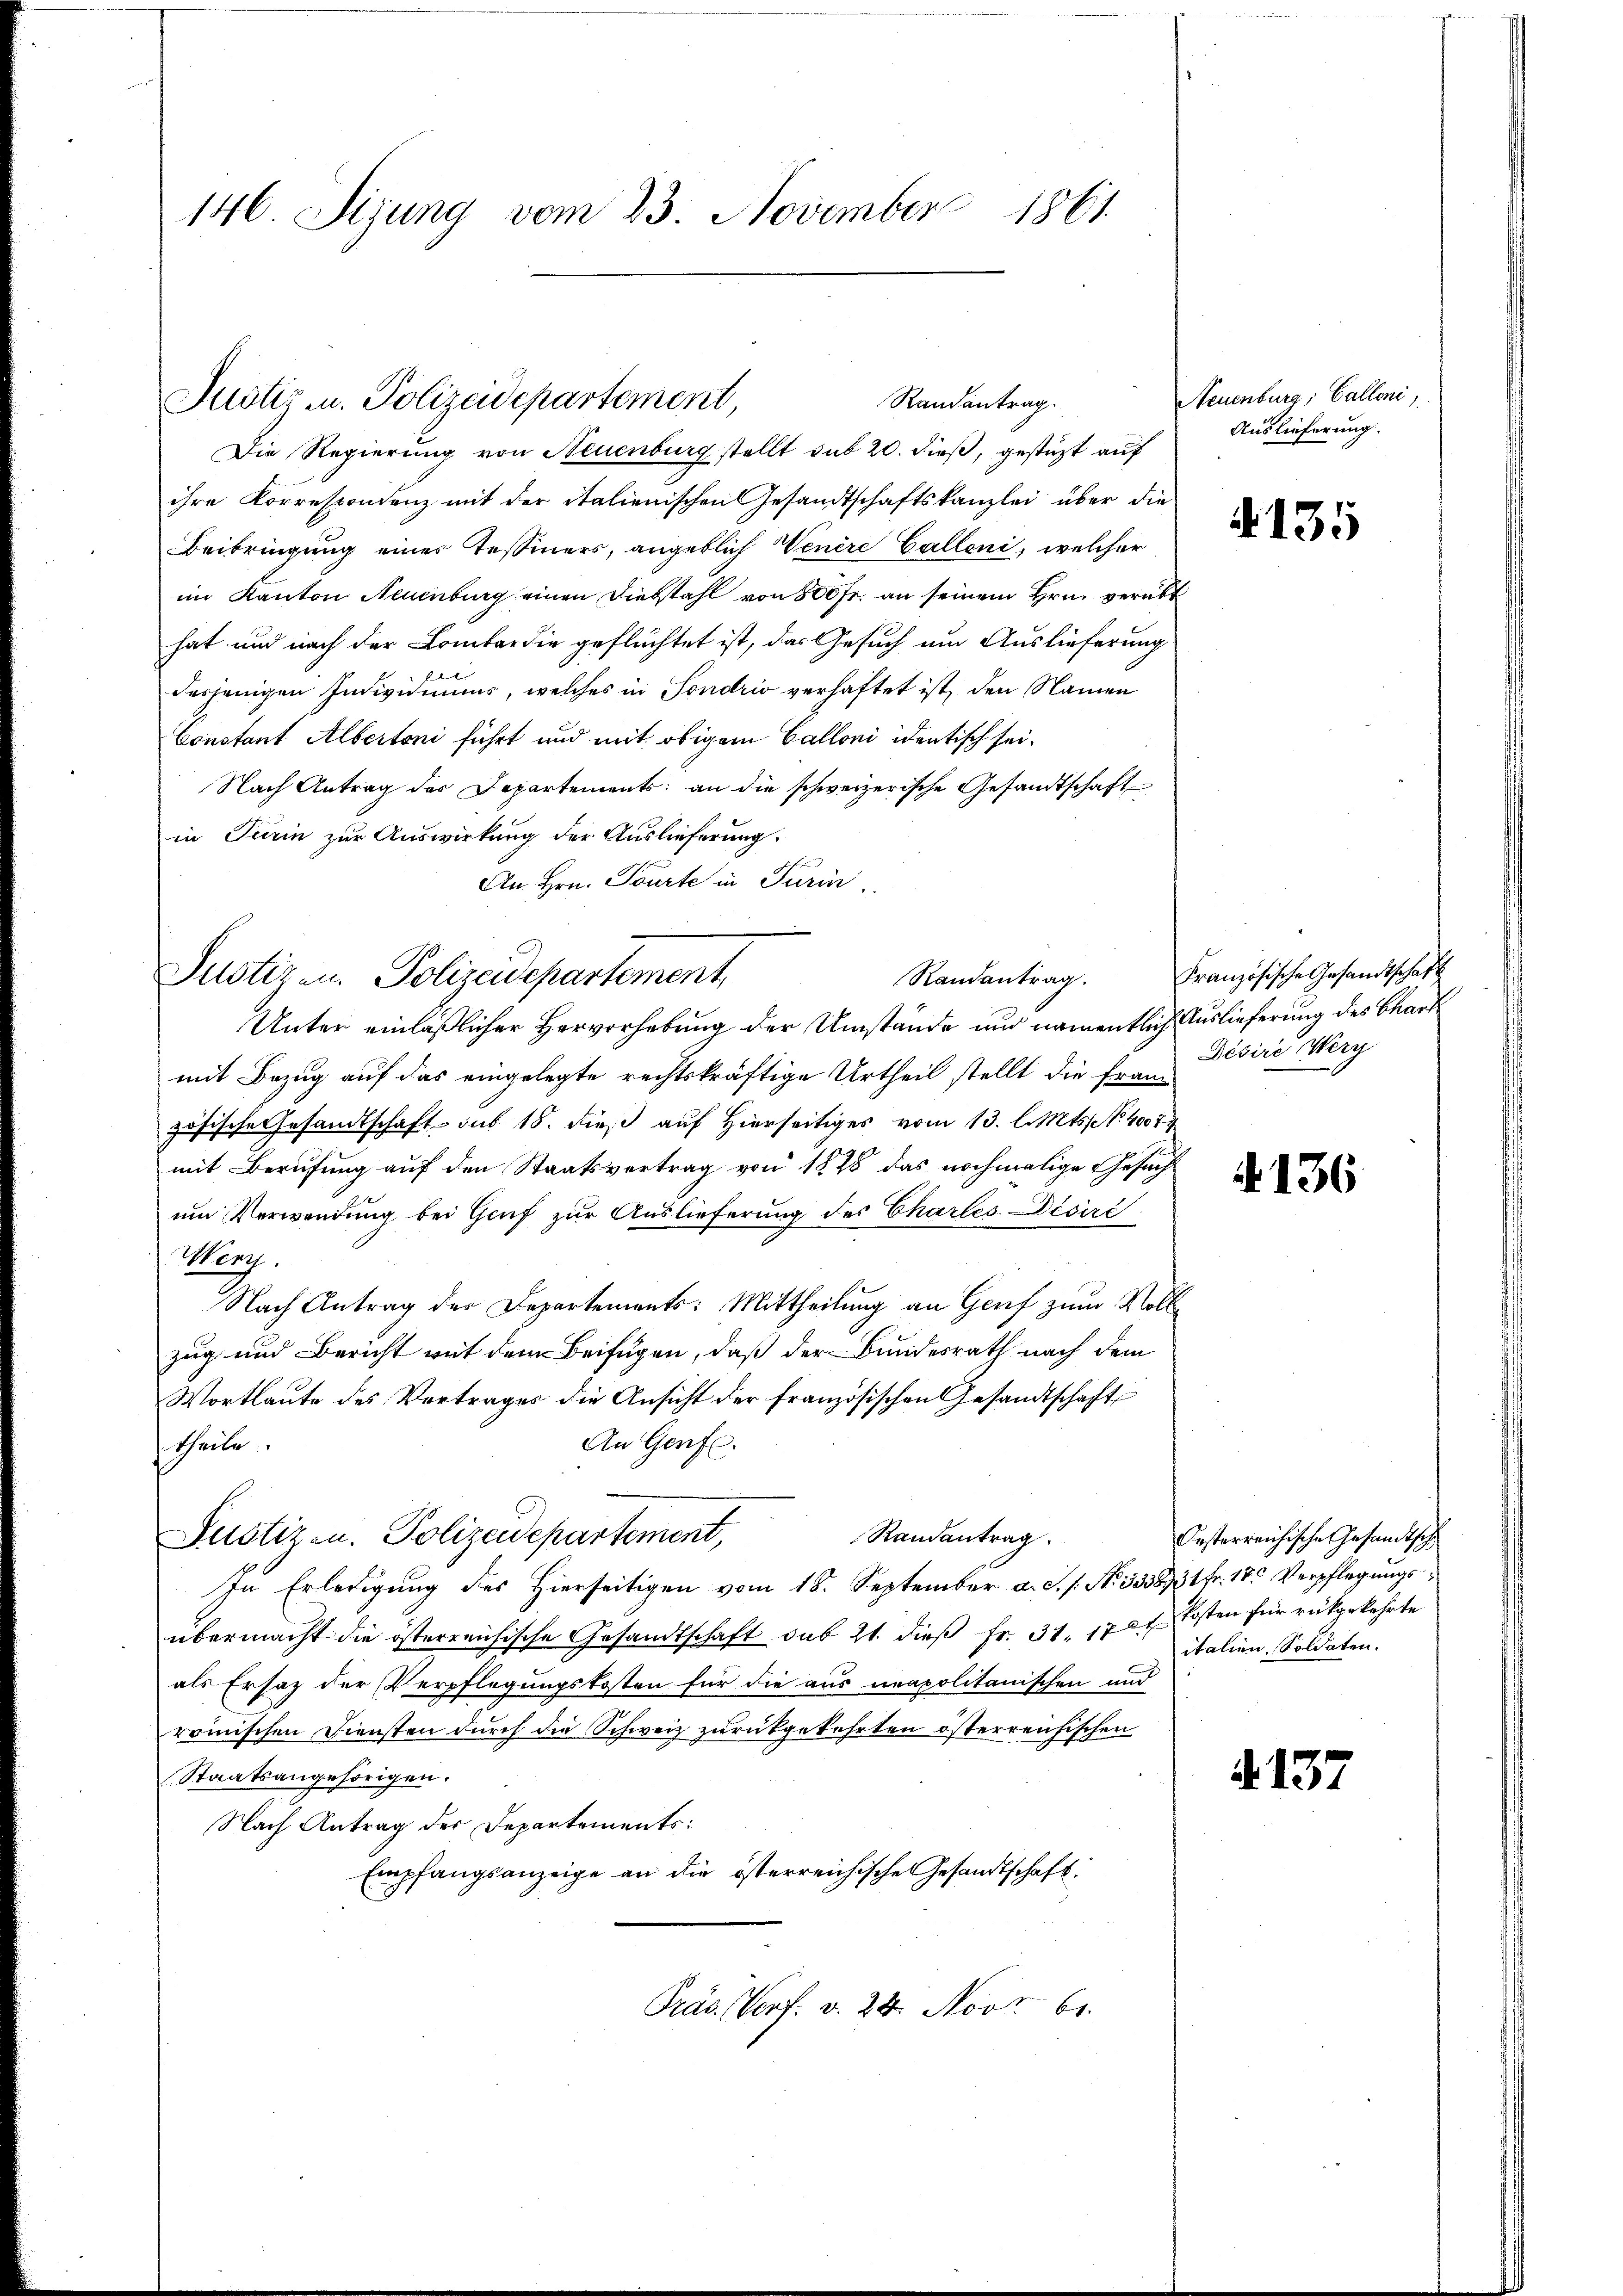
146. Sizung vom 23. November 1861.

Justiz u. Polizeidepartement,
Randantrag.

Die Regierung von Neuenburg stellt sub 20. dieß, gestüzt auf
ihre Korrespondenz mit der italienischen Gesandtschaftskanzlei über die
Beibringung eines Tessiners, angeblich Venere Galleni, welcher
im Kanton Neuenburg einen Diebstahl von 800 Fr. an seinem Hrn. verübt
hat und nach der Comber die geflüchtet ist, das Gesuch um Auslieferung
desjenigen Individuums, welches in Sondrio verhaftet ist, den Namen
Constant Albertoni führt und mit obigem Calloni identisch sei¬
Nach Antrag der Departements an die schweizerische Gesandtschaft
in Turin zur Auswirkung der Auslieferung.
An Hrn. Tourte in Turin

Justizen Polizeidepartement,

Justiz- u. Polizeidepartement,

Unter einläßlicher Hervorhebung der Umstände und namentlich Auslieferung des Chart
mit Bezug auf das eingelegte rechtskräftige Urtheil stellt die franz
zösische Gesandtschaft sub 18. dieß auf Hierseitiges vom 13. l. Mts. No 400 f 4
mit Berufung auf den Staatsvertrag von 1878 das nochmalige Gesuch
um Verwendung bei Genf zur Auslieferung des Charles. Desiré
Hörg
Nach Antrag der Departements: Mittheilung an Genf zum Vollzug und Bericht mit dem Beifügen, daß der Bundesrath nach dem
Wortlaute des Vertrages die Ansicht der französischen Gesandtschaft
An Genf.
theile.
Randantrag.
In Erledigung des Hierseitigen vom 18. September a. c. s. No. 3338731fr. 180 Verpflegungsübermacht die österreichische Gesandtschaft sub 21. dieβ fr. 31. 1727 Kosten für rükgekehrte
als Ersatz der Verpflegungskosten für die aus neapolitanischen und
römischen Diensten durch die Schweiz zurückgekehrten österreichischen
Staatsangehörigen.
Nach Antrag der Departements:
Empfangsanzeige an die österreichische Gesandtschaft.
Präs. Verf. v. 24. Novr 61.

Neuenburg, Calloni
Auslieferung.

4135

Randantrag. Französische Gesandtschaft
Désire Werg

136

A.137

Oesterreichische Gesandtsch
italien, Soldaten.